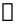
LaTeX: \boldsymbol\upeta